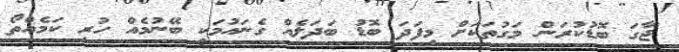
ޖާގަ ބޮޑުކުރަން މަގުތަކަށް މިފަދަ ބޮޑު ބަދަލެއް ގެނައުމަކީ ބޭނުމެއް ހުރި ކަމެއްތޯ